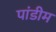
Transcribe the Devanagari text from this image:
पांडीम